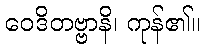
ဝေဒိတဗ္ဗာနိ၊ ကုန်၏။